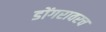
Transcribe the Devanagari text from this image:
डोंगरावरच